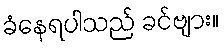
ခံနေရပါသည် ခင်ဗျား။